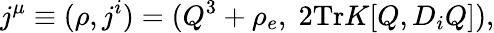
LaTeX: j^{\mu}\equiv(\rho,j^{i})=(Q^{3}+\rho_{e},\; 2\mathrm{Tr}K[Q,D_{i}Q]),